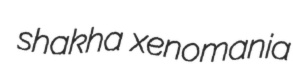
shakha xenomania